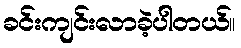
ခင်းကျင်းလာခဲ့ပါတယ်။